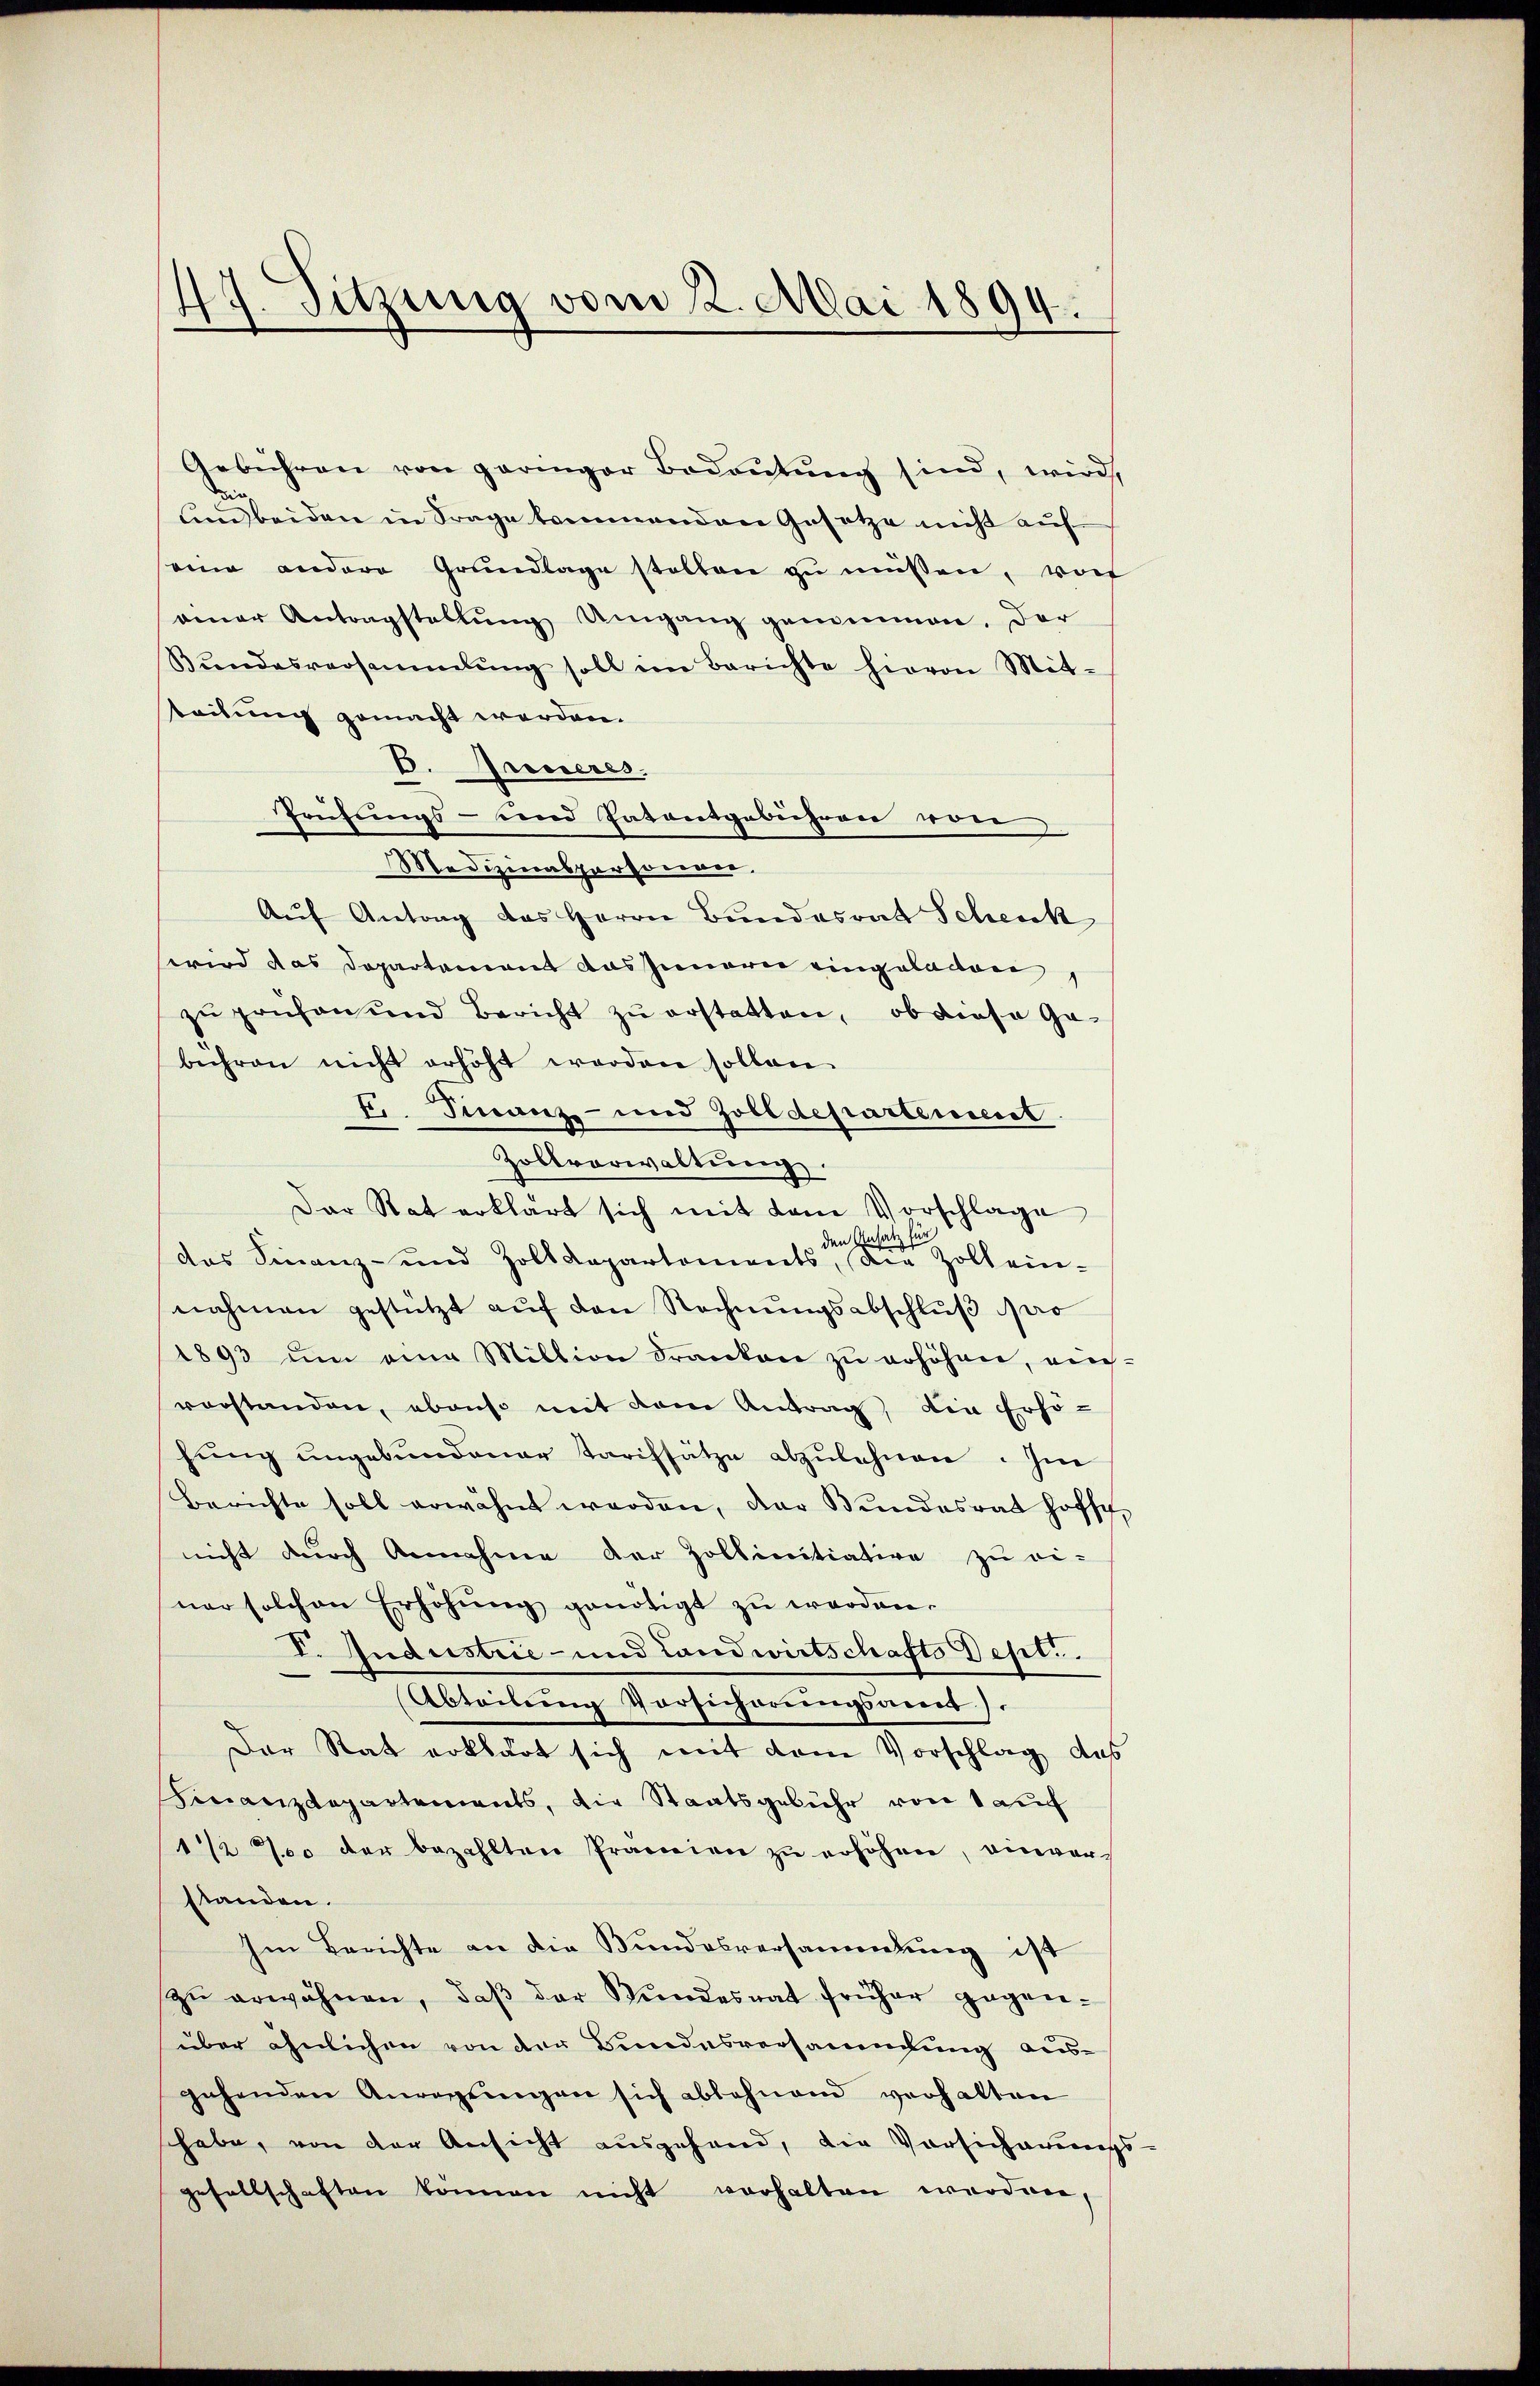
49. Sitzung vom 2. Mai 1894.

Gebühren von geringer Bedeutung sind, wird
Die,
und beiden in Frage kommenden Gesetze nicht auf
eine andere Grundlage stellen zu müssen, vor
einer Antragstellŭng Umgang genommen. Der
Bŭndesversammlung soll im Berichte hievon Mit-
teilung gemacht werden.
6. Inneres.
Prüfungs- und Patentgebühren von
Medizinalpersorener,
Aŭf Antrag des Herrn Bundesrat Schenk
wird das Departement das Innern eingeladen
zu prüfen und Bericht zu erstatten, ob diese Ge-
bühren nicht erhöht werden sollen.
F. Finanz- und Zolldepartement.
Zollverwaltung.
Der Rat erklärt sich mit dem Vorschlage
füdas Finanz- und Zolldepartements, die Zoll ein-
nahmen gestützt aŭf den Rechnungsabschluß pro
(1893 um eine Million Franken zu erhöhen, reich-
vorstanden, ebenso mit dem Antrag, die Erhöhung ungebundener Tarifsätze abzulehnen. Im
Berichte soll erwähnt werden, der Bundesrat hoffe,
nicht durch Annahme der Zollinitiative zu ei-
ner solchen Erhöhŭng genötigt zu werden.
I. Industrie - und Landwirtschafts Depl..
Abteilung Vorsicherŭngsames).
Der Rat erklärt sich mit dem Vorschlag des
Finanzdepartements, die Staatsgebühr von 1 auf
1/2 700 der bezahlten Prämien zu erhöhen, einverstanden.
Im Berichte an die Bundesversammlung ist
zŭ erwähnen, daβ der Bŭndesrat früher gegen-
über ähnlichen von der Bundesversammlung aus-
gehenden Anregŭngen sich ablehnend verhalten
habe, von der Ansicht ausgehand, die Vorsicherungs-
gesellschaften können nicht verhalten werden,